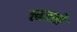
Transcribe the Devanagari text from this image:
त्वज्जो